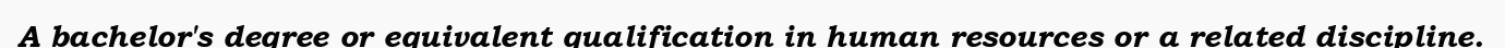
A bachelor's degree or equivalent qualification in human resources or a related discipline.